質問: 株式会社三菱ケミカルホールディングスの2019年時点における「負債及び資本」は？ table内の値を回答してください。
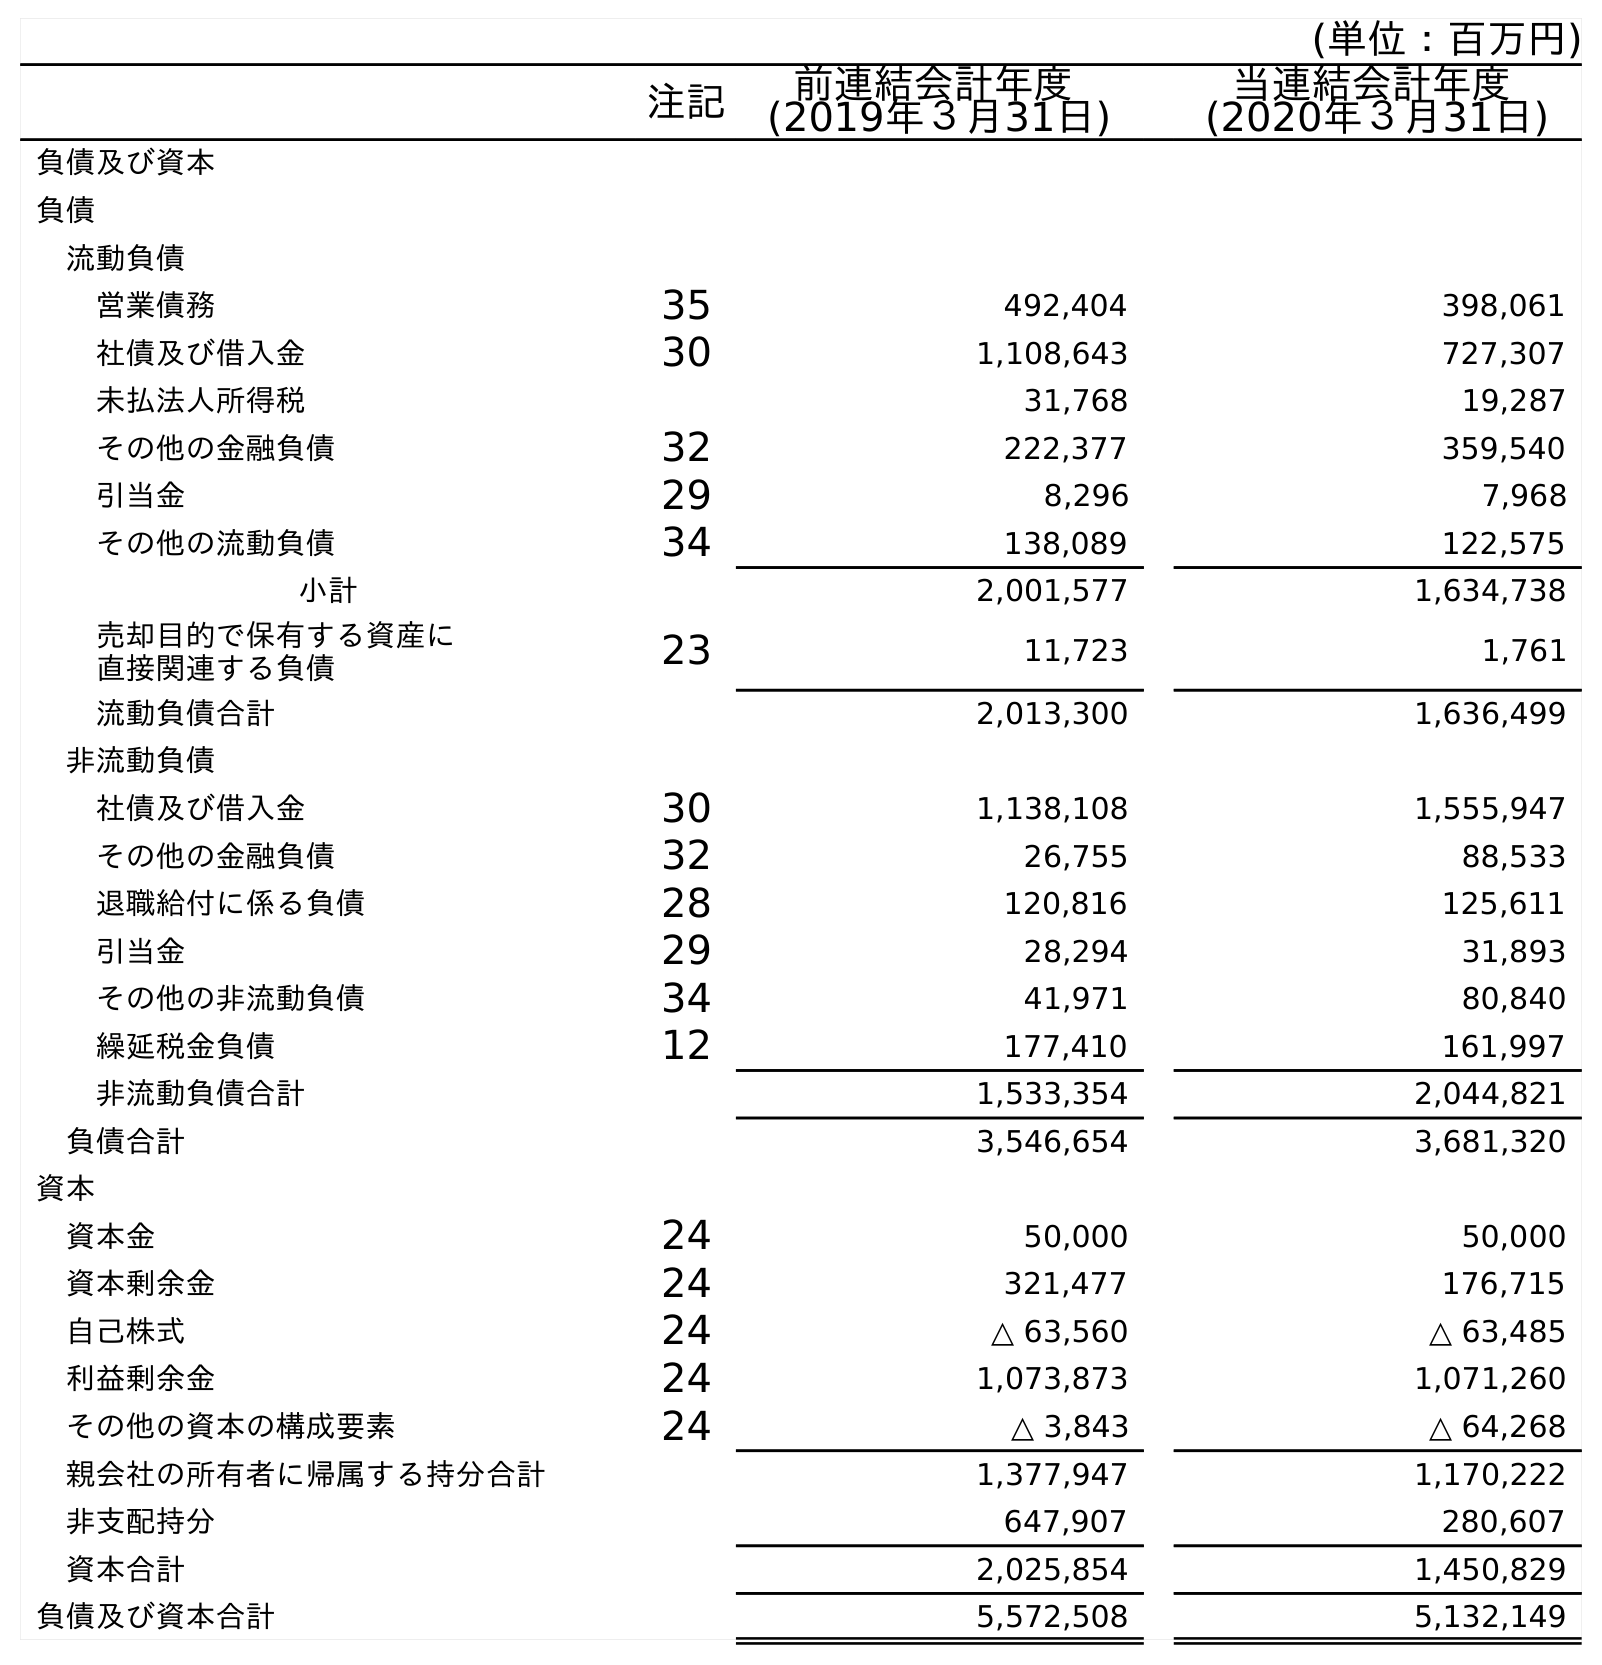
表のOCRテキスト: (単位：百万円) 注記 前連結会計年度 (2019年３月31日) 当連結会計年度 (2020年３月31日) 負債及び資本 負債 流動負債 営業債務 35 492,404 398,061 社債及び借入金 30 1,108,643 727,307 未払法人所得税 31,768 19,287 その他の金融負債 32 222,377 359,540 引当金 29 8,296 7,968 その他の流動負債 34 138,089 122,575 小計 2,001,577 1,634,738 売却目的で保有する資産に 直接関連する負債 23 11,723 1,761 流動負債合計 2,013,300 1,636,499 非流動負債 社債及び借入金 30 1,138,108 1,555,947 その他の金融負債 32 26,755 88,533 退職給付に係る負債 28 120,816 125,611 引当金 29 28,294 31,893 その他の非流動負債 34 41,971 80,840 繰延税金負債 12 177,410 161,997 非流動負債合計 1,533,354 2,044,821 負債合計 3,546,654 3,681,320 資本 資本金 24 50,000 50,000 資本剰余金 24 321,477 176,715 自己株式 24 △ 63,560 △ 63,485 利益剰余金 24 1,073,873 1,071,260 その他の資本の構成要素 24 △ 3,843 △ 64,268 親会社の所有者に帰属する持分合計 1,377,947 1,170,222 非支配持分 647,907 280,607 資本合計 2,025,854 1,450,829 負債及び資本合計 5,572,508 5,132,149
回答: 5,572,508